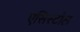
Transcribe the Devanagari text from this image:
एसिस्टोल